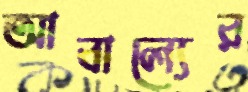
আবাল্যের